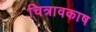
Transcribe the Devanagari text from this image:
चित्रावकाष